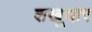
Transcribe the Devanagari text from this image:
शखूधार